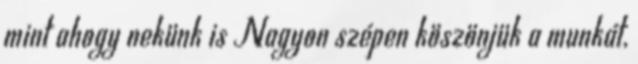
mint ahogy nekünk is Nagyon szépen köszönjük a munkát,